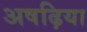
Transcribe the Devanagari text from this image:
अषढ़िया